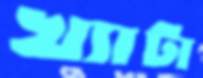
খ্যাটা